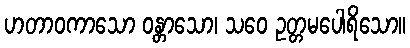
ဟတာဝကာသော ဝန္တာသော၊ သဝေ ဥတ္တမပေါရိသော။